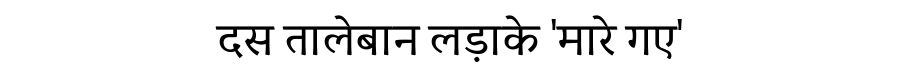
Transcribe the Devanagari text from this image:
दस तालेबान लड़ाके 'मारे गए'